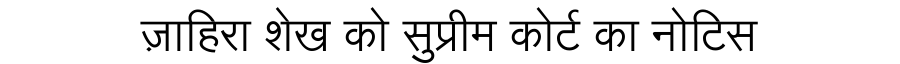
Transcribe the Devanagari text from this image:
ज़ाहिरा शेख को सुप्रीम कोर्ट का नोटिस